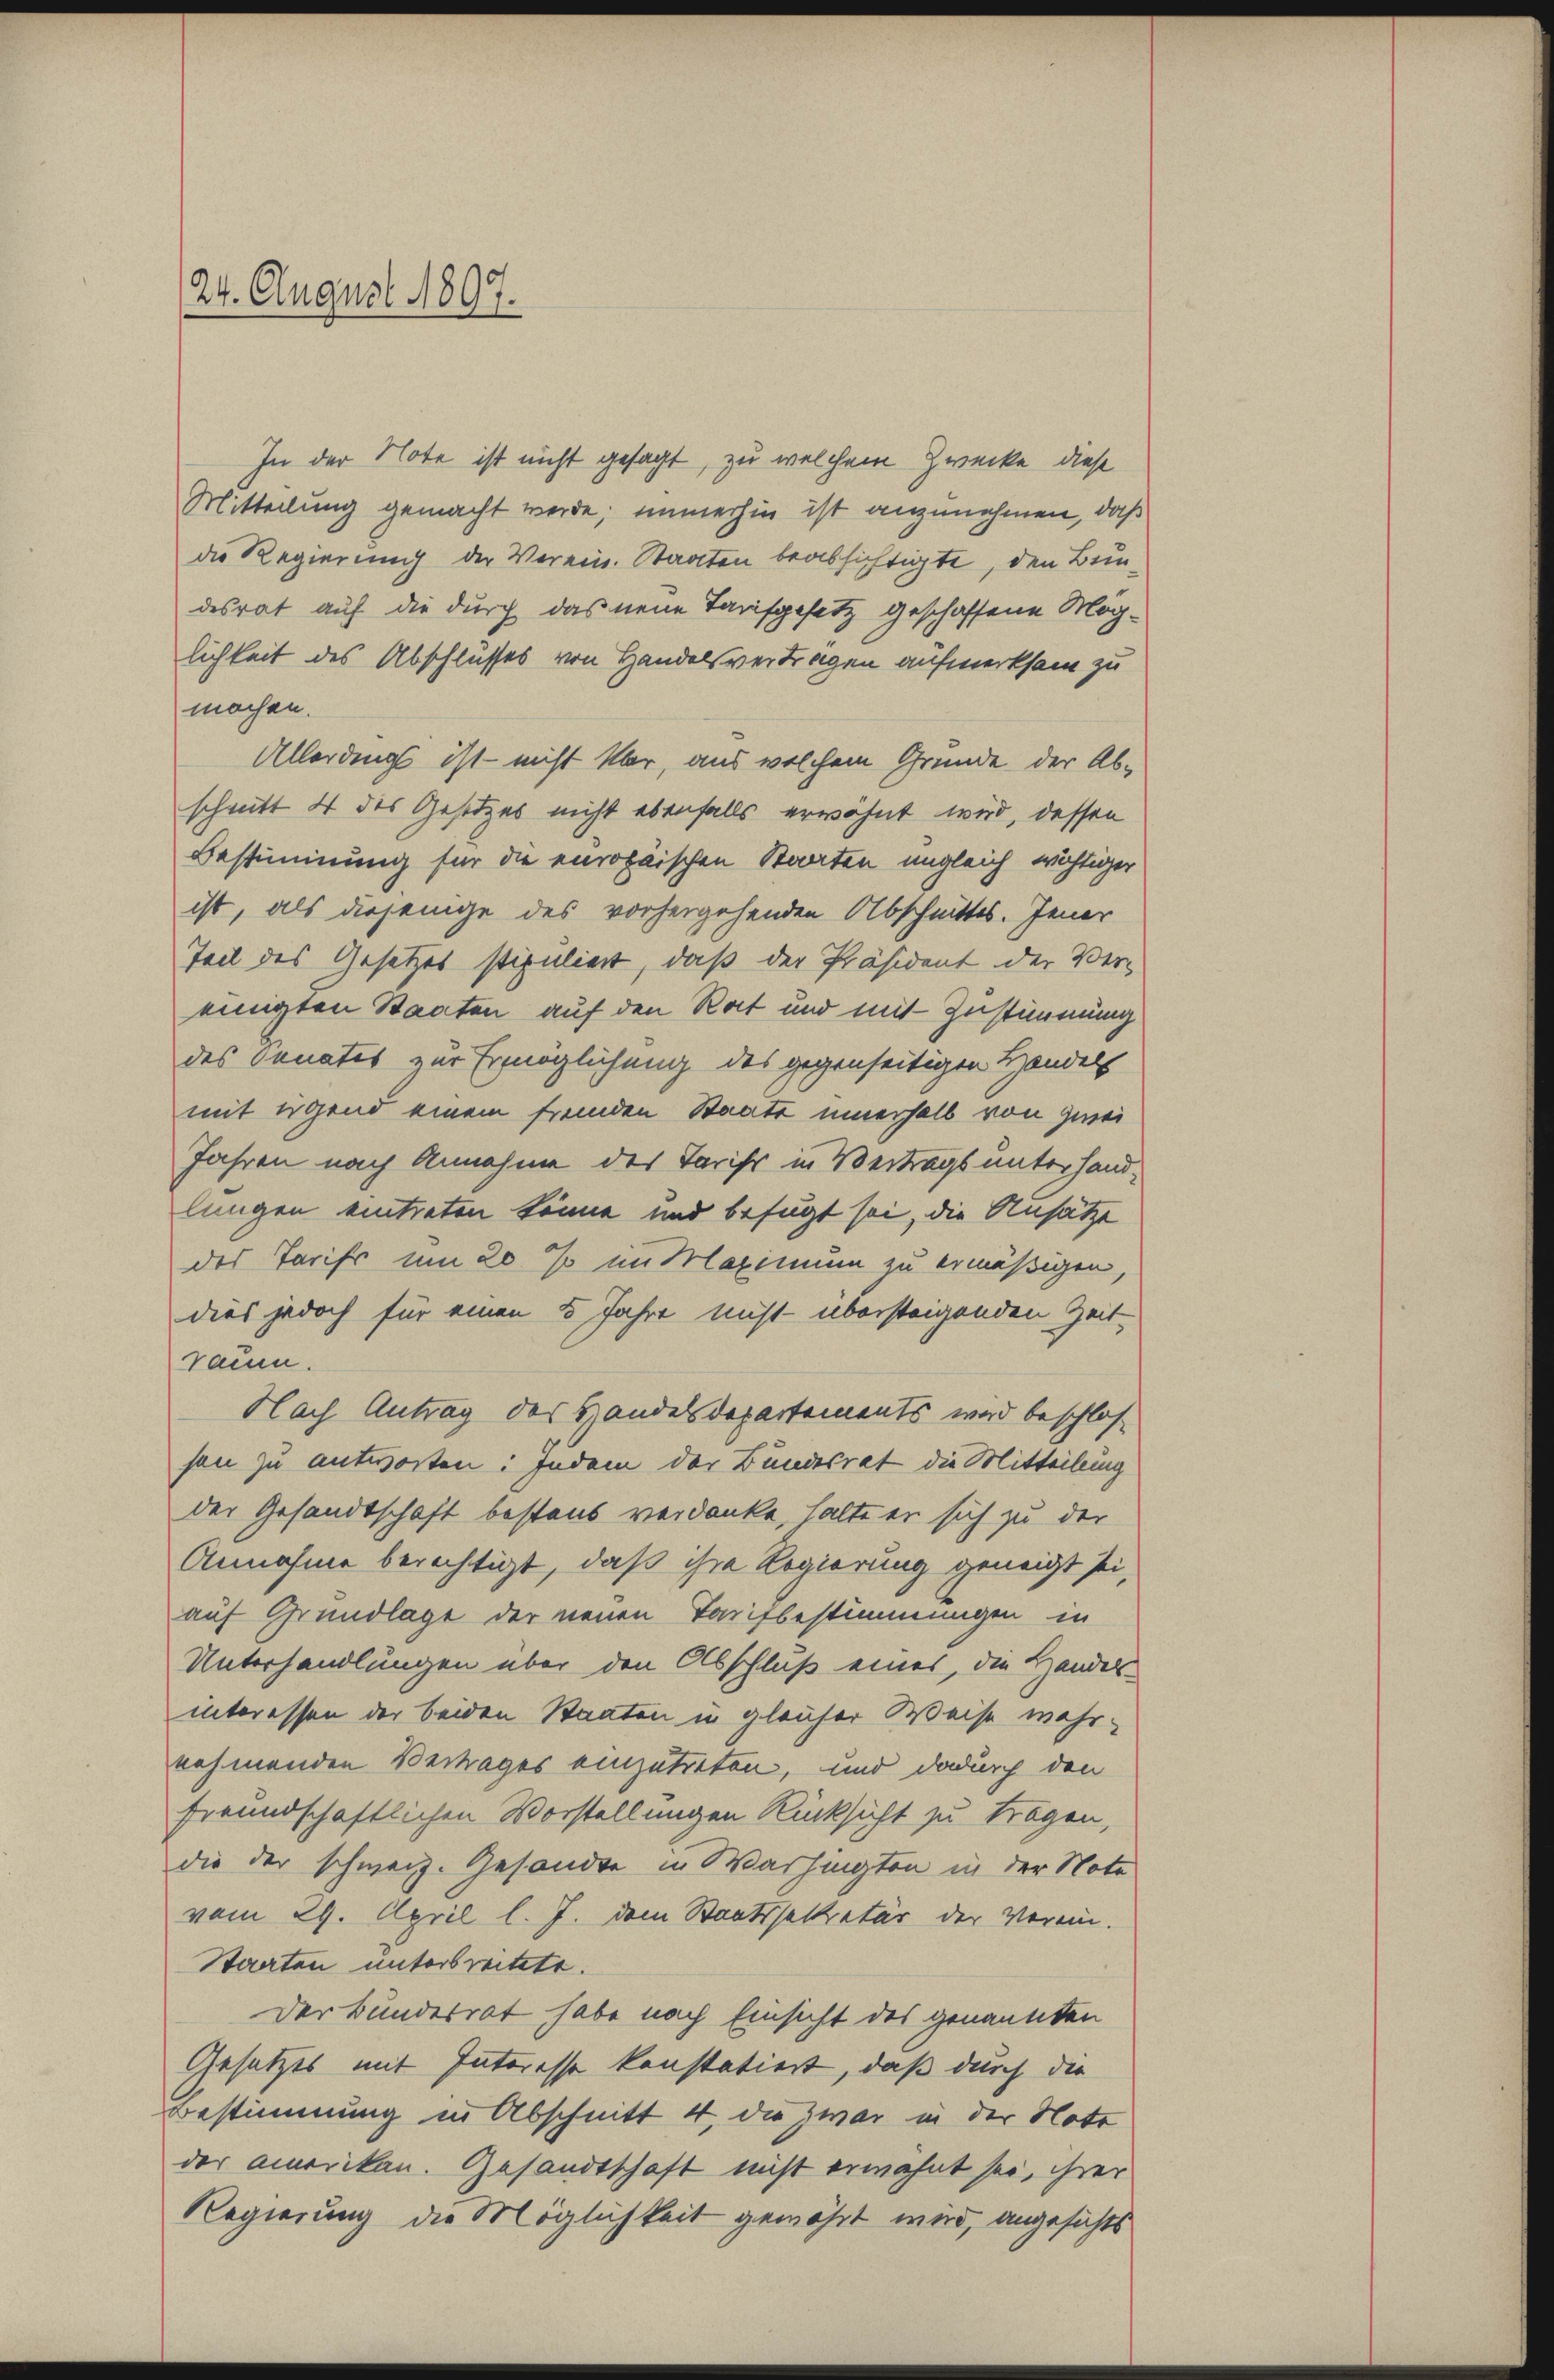
Mitteilung gemacht werde; immerhin ist anzunehmen, daß
die Regierung der Verein. Staaten beabsichtigte, den Bunlichkeit des Abschlusses von Handelsvertragen aufmerksam zu
machen.
schnitt 4 des Gesetzes nicht ebenfalls erwähnt wird, dessen
Bestimmung für die europäischen Staaten ungleich wichtiger
ist, als diejenige des vorhergehenden Abschnittes. Jener
Teil des Gesetzes stipuliert, daß der Präsident der Ver-
einigten Staaten auf den Rat und mit Zustimmung
des Sanates zur Ermöglichung des gegenseitigen Handels
mit irgend einem fremden Staate innerhalb von zwei
Jahren nach Annahme des Tarifs in Vertrags unterhand-
lungen eintreten könne und befügt sei, die Ansätze
des Tarifs um 20 % im Maximum zu ermäßigen,
dies jedoch für einen 5 Jahre nicht übersteigenden Zeitraum.
son zu antworten: Indem der Bundesrat die Mitteilung
der Gesandtschaft bestand verdanke halte er sich zu der
Annahme berechtigt, daß ihre Regierung geneigt sei,
auf Grundlage der neuen Tarifbestimmungen in
Unterhandlungen über den Abschluß eines, die Handels-
interessen der beiden Staaten in gleicher Weise wahrnehmenden Vertrages einzutreten, und dadurch den
freundschaftlichen Vorstellungen Rücksicht zu tragen,
die der schweiz. Gesandte in Washingten in der Note
vom 29. April l. J. dem Staatssekretär der Verein-
Staaten unterbreitete.
Der Bundesrat habe nach Einsicht des genannten
Gesetzes mit Interesse konstatiert, daß durch die
Bestimmung in Abschnitt 4, die zwar in der Note
der amerikan. Gesandtschaft nicht erwähnt sei, ihrer
Regierung die Möglichkeit gewährt wird, angesichts

24. August 1897.

In der Note ist nicht gesagt, zu welchem Zwecke diese
desrat auf die durch das neue Tarifgesetz geschaffene Mög¬
Allerdings ist - nicht klar, aus welchem Grunde der Ab¬
Nach Antrag des Handelsdepartements wird beschlos